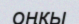
оңқы